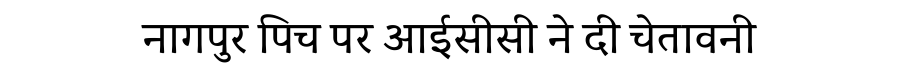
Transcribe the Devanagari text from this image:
नागपुर पिच पर आईसीसी ने दी चेतावनी